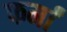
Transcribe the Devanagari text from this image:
फर्मां